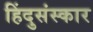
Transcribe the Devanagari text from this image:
हिंदुसंस्कार